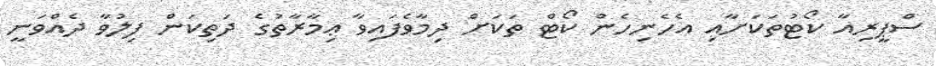
ސްޕީރިއާ ކޯޓުތަކަށާއި އެހެނިހެން ކޯޓް ތަކަށް ދިމާވެފައިވާ ޢިމާރާތުގެ ދަތިކަން ފިލުވާ ދެއްވަނީ